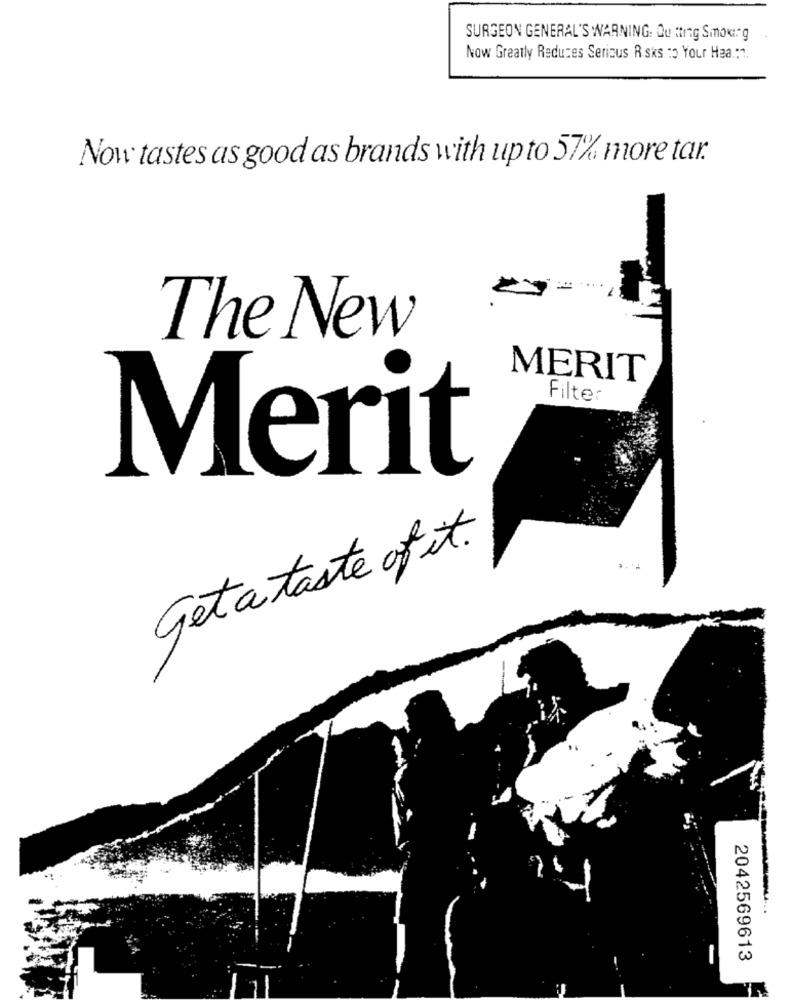
SURGEON GENERAL'S WARNING: Ou ting Smoking
Now Greatly Reduces Serious Risks to Your Haa .: ".
Now tastes as good as brands with up to 57% more tar.
The New
MERIT
Filter
Merit
Geta taste of it.
2042569613